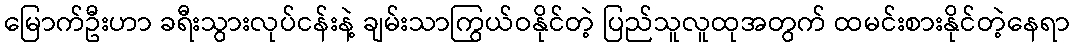
မြောက်ဦးဟာ ခရီးသွားလုပ်ငန်းနဲ့ ချမ်းသာကြွယ်ဝနိုင်တဲ့ ပြည်သူလူထုအတွက် ထမင်းစားနိုင်တဲ့နေရာ